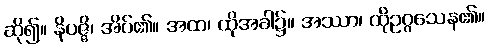
ဆို၍။ နိပဇ္ဇိ၊ အိပ်၏။ အထ၊ ထိုအခါ၌။ အဿာ၊ ထိုဥဂ္ဂသေန၏။